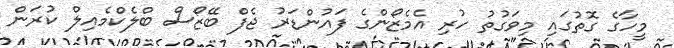
މީހާގެ ގޮތުގައި މިވަގުތު ހުރި އެމެޒޯންގެ ފައުންޑަރު ޖެފް ބޭޒޯސް ބްލެކްމެއިލް ކުރަން